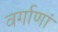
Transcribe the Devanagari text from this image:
वर्गाणां